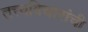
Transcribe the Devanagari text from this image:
तत्त्वविचारांची